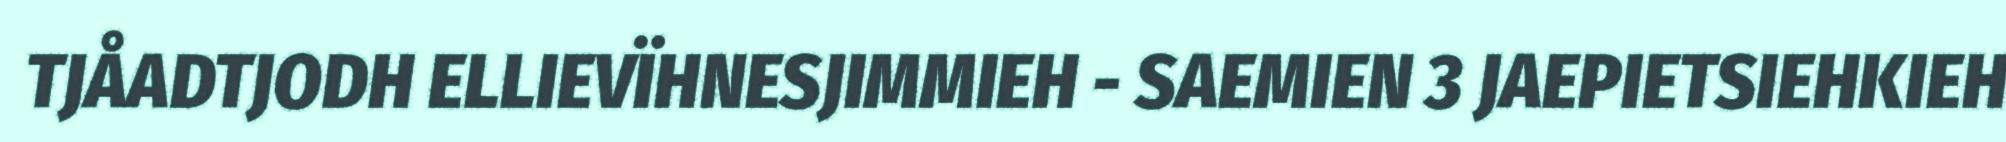
TJÅADTJODH ELLIEVÏHNESJIMMIEH - SAEMIEN 3 JAEPIETSIEHKIEH